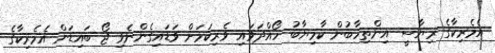
އެމެރިކާގެ ރިޔާސީ އިންތިހާބުން ކާމިޔާބު ހޯއްދަވައި ވެރިކަމަށް ވަޑައިގެންނެވި ޖޯ ބައިޑަން އެމެރިކާގެ